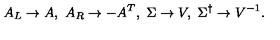
A _ { L } \to A , \ A _ { R } \to - A ^ { T } , \ \Sigma \to V , \ \Sigma ^ { \dagger } \to V ^ { - 1 } .